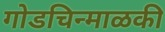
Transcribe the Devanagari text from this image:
गोडचिन्माळकी